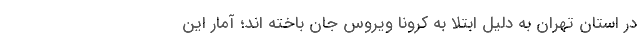
در استان تهران به دلیل ابتلا به کرونا ویروس جان باخته اند؛ آمار این